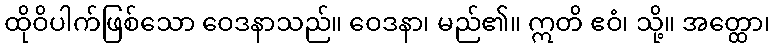
ထိုဝိပါက်ဖြစ်သော ဝေဒနာသည်။ ဝေဒနာ၊ မည်၏။ ဣတိ ဧဝံ၊ သို့။ အတ္ထော၊